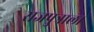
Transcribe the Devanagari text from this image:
राजपुत्राला